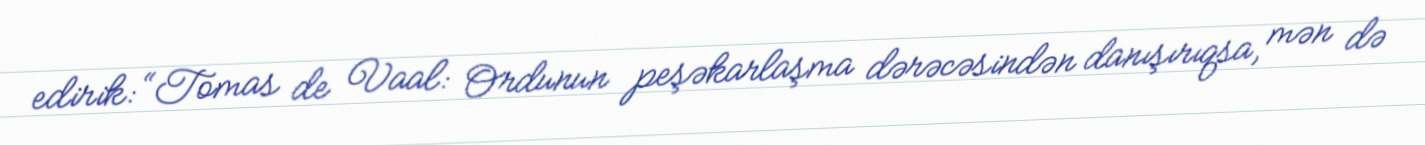
edirik: “Tomas de Vaal: Ordunun peşəkarlaşma dərəcəsindən danışırıqsa, mən də